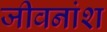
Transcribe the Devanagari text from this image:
जीवनांश